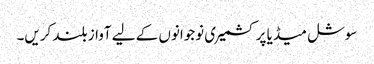
سوشل میڈیا پر کشمیری نوجوانوں کے لیے آواز بلند کریں۔